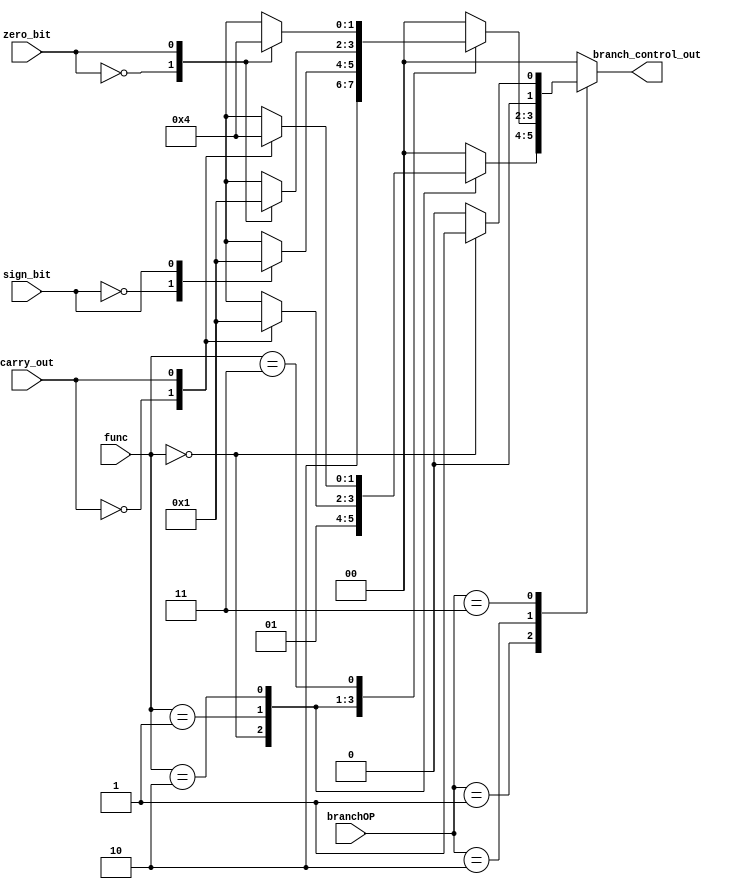
`timescale 1ns / 1ps
//////////////////////////////////////////////////////////////////////////////////
// Company: 
// Engineer: 
// 
// Design Name: 
// Module Name:    Branch_Control 
// Project Name: 
// Target Devices: 
// Tool versions: 
// Description: 
//
// Dependencies: 
//
// Revision: 
// Revision 0.01 - File Created
// Additional Comments:
//
//////////////////////////////////////////////////////////////////////////////////
module Branch_Control(
	input [1:0] branchOP,
	input [4:0] func,
	input zero_bit,
	input carry_out,
	input sign_bit,
	output reg [1:0] branch_control_out
    );

	always @(*) begin
		case(branchOP)
			2'b01: begin
				case(func)
					5'b00000: begin
						branch_control_out <= 2'b01;
					end
					5'b00001: begin
						case(carry_out)
							1'b0: begin
								branch_control_out <= 2'b00;
							end
							1'b1: begin
								branch_control_out <= 2'b01;
							end
							default: branch_control_out <= 2'b00;
						endcase
					end
					5'b00010: begin
						case(carry_out)
							1'b0: begin
								branch_control_out <= 2'b01;
							end
							1'b1: begin
								branch_control_out <= 2'b00;
							end
							default: branch_control_out <= 2'b00;
						endcase
					end
					default: branch_control_out <= 2'b00;
				endcase
			end
			2'b10: begin
				case(func)
					5'b00000: begin
						branch_control_out <= 2'b10;
					end
					5'b00001: begin
						case(sign_bit)
							1'b0: begin
								branch_control_out <= 2'b00;
							end
							1'b1: begin
								branch_control_out <= 2'b01;
							end
							default: branch_control_out <= 2'b00;
						endcase
					end
					5'b00010: begin
						case(zero_bit)
							1'b0: begin
								branch_control_out <= 2'b00;
							end
							1'b1: begin
								branch_control_out <= 2'b01;
							end
							default: branch_control_out <= 2'b00;
						endcase
					end
					5'b00011: begin
						case(zero_bit)
							1'b0: begin
								branch_control_out <= 2'b01;
							end
							1'b1: begin
								branch_control_out <= 2'b00;
							end
							default: branch_control_out <= 2'b00;
						endcase
					end
					default: branch_control_out <= 2'b00;
				endcase
			end
			2'b11: begin
				case(func)
					5'b00000: begin
						branch_control_out <= 2'b01;
					end
					default: branch_control_out <= 2'b00;
				endcase
			end
			default: branch_control_out <= 2'b00;
		endcase
	end

endmodule